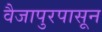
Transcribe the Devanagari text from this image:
वैजापुरपासून